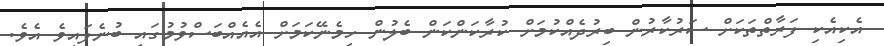
އެކިއެކި ފަރާތްތަކަށް ސަރުކާރުން ބިރުދެއްކުމަށް ކުރާކަންކަން ބެލުން ހިމެނޭކަމަށް އެއެއްބަސްވުމުގައި ބުނެފައިވެ އެވެ.